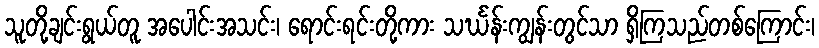
သူတို့ချင်းရွယ်တူ အပေါင်းအသင်း၊ ရောင်းရင်းတို့ကား သင်္ဃန်းကျွန်းတွင်သာ ရှိကြသည်တစ်ကြောင်း၊